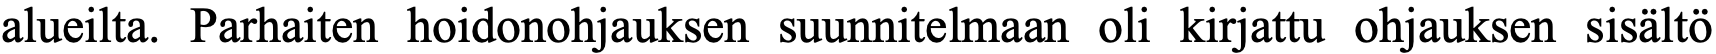
alueilta. Parhaiten hoidonohjauksen suunnitelmaan oli kirjattu ohjauksen sisältö